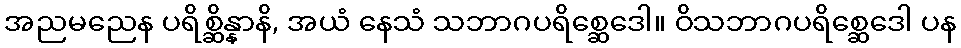
အညမညေန ပရိစ္ဆိန္နာနိ, အယံ နေသံ သဘာဂပရိစ္ဆေဒေါ။ ဝိသဘာဂပရိစ္ဆေဒေါ ပန